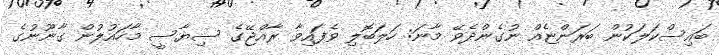
ބައިސްކަލަކުން ބަރަންޏެއް ނުގެންދެވޭ މާނަ: ހަލަބޮލި ވެފައިވާ ރާއްޖޭގެ ސިޔާސީ މާހައުލުން ގާނޫނުގެ